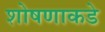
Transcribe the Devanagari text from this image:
शोषणाकडे